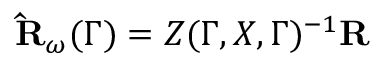
\mathbf { \hat { R } } _ { \omega } ( \Gamma ) = Z ( \Gamma , X , \Gamma ) ^ { - 1 } \mathbf { R }